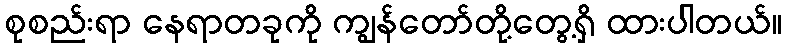
စုစည်းရာ နေရာတခုကို ကျွန်တော်တို့တွေ့ရှိ ထားပါတယ်။